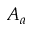
A _ { a }